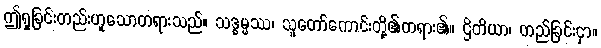
ဤရှုခြင်းတည်းဟူသောတရားသည်။ သဒ္ဓမ္မဿ၊ သူတော်ကောင်းတို့၏တရား၏။ ဌိတိယာ၊ တည်ခြင်းငှာ။